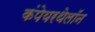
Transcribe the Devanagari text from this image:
कंपेयरथेलॉन